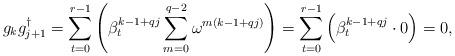
LaTeX: \begin{align*}g_kg_{j+1}^\dagger=\sum_{t=0}^{r-1}\left(\beta_t^{k-1+qj}\sum_{m=0}^{q-2} \omega ^{m(k-1+qj)}\right)=\sum_{t=0} ^{r-1} \left(\beta_t^{k-1+qj}\cdot 0 \right)=0,\end{align*}